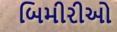
બિમીરીઓ